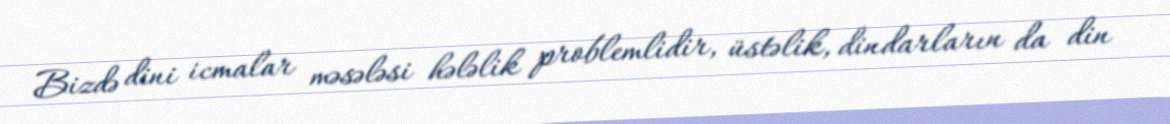
Bizdə dini icmalar məsələsi hələlik problemlidir, üstəlik, dindarların da din